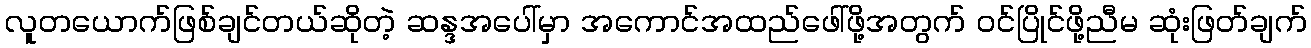
လူတယောက်ဖြစ်ချင်တယ်ဆိုတဲ့ ဆန္ဒအပေါ်မှာ အကောင်အထည်ဖေါ်ဖို့အတွက် ဝင်ပြိုင်ဖို့ညီမ ဆုံးဖြတ်ချက်